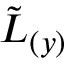
{ \tilde { L } } _ { ( y ) }